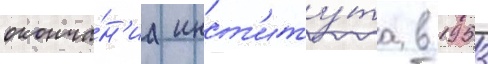
оконча́н'иа инст'иту́та в 1953